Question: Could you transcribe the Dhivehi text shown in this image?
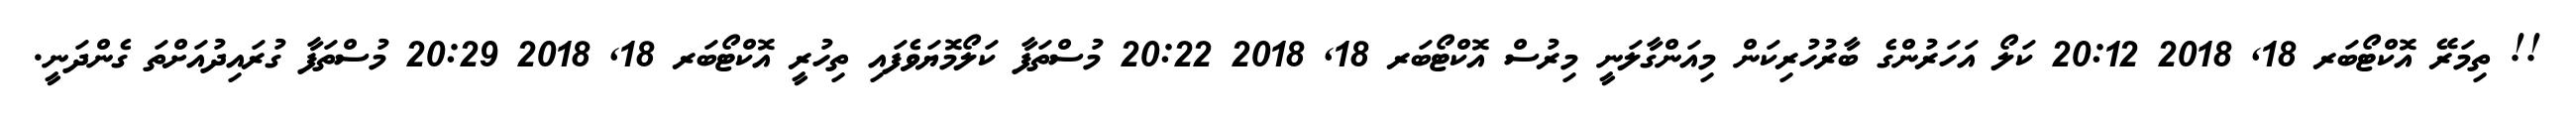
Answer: !! ތިމަރޭ އޮކްޓޯބަރ 18, 2018 20:12 ކަލޯ އަހަރުންގެ ބާރުހުރިކަން މިއަންގާލަނީ މިރުސް އޮކްޓޯބަރ 18, 2018 20:22 މުސްތަފާ ކަލޯމޮޔަވެފައި ތިހުރީ އޮކްޓޯބަރ 18, 2018 20:29 މުސްތަފާ ގުރައިދުއަށްތަ ގެންދަނީ.